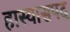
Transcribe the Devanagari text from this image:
हास्यासपद